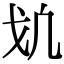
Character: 𢦕